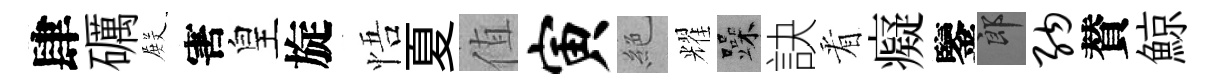
肆礪𭮺害皇旋悟夏值寅絶耀躁訣㸔癡鑒郎纳賛鯨